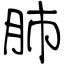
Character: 肺